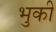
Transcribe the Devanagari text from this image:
भुकी